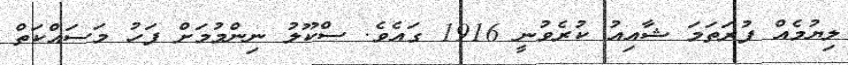
ލިޔުމެއް ފުރަތަމަ ޝާއިއު ކުރެވުނީ 1916 ގައެވެ. ސްކޫލު ނިންމުމަށް ފަހު މަސައްކަތް